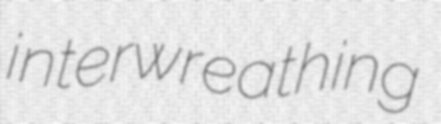
interwreathing